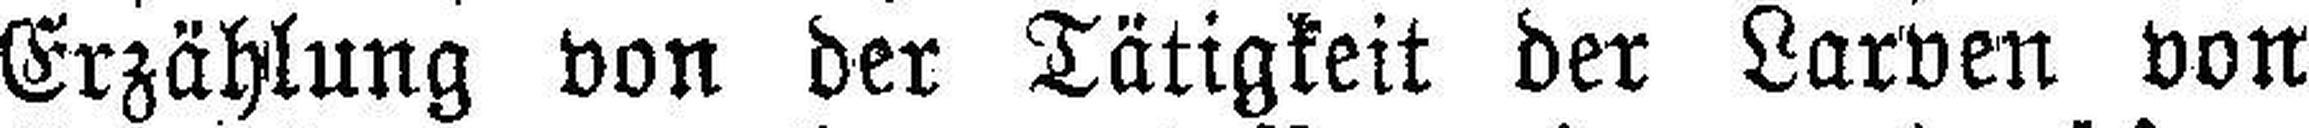
Erzählung von der Tätigkeit der Larven von